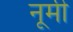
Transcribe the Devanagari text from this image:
नूमी